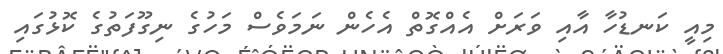
މިއީ ކަނޑުހާ އާއި ވަރަށް އެއްގޮތް އެހެން ނަމަވެސް މަހުގެ ނިގޫފަތުގެ ކޮޅުގައި